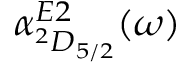
\alpha _ { ^ 2 D _ { 5 / 2 } } ^ { E 2 } ( \omega )